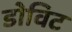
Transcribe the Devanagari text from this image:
डोविट